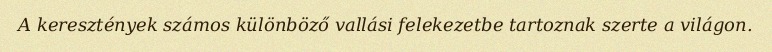
A keresztények számos különböző vallási felekezetbe tartoznak szerte a világon.